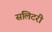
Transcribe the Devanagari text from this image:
सलिटरी